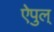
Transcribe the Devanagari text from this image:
ऐपुल्‌